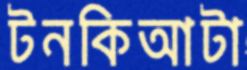
টনকিআটা